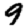
Digit: 9